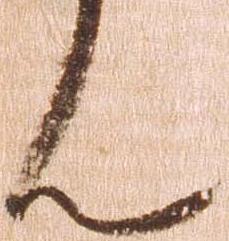
ん